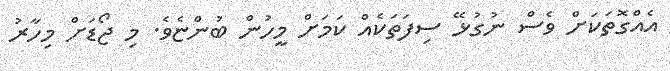
އެއްގޮތަކަށް ވެސް ނުގުޅޭ ސިފަތަކެއް ކަމަށް މީހުން ބުންޏެވެ. މި ޖޯޑަށް މިހާރު